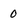
Character: 0